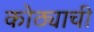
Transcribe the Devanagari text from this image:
कोठ्याची